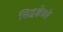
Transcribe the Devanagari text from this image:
सिद्धक्षेत्रमें